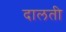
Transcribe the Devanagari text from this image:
दालती